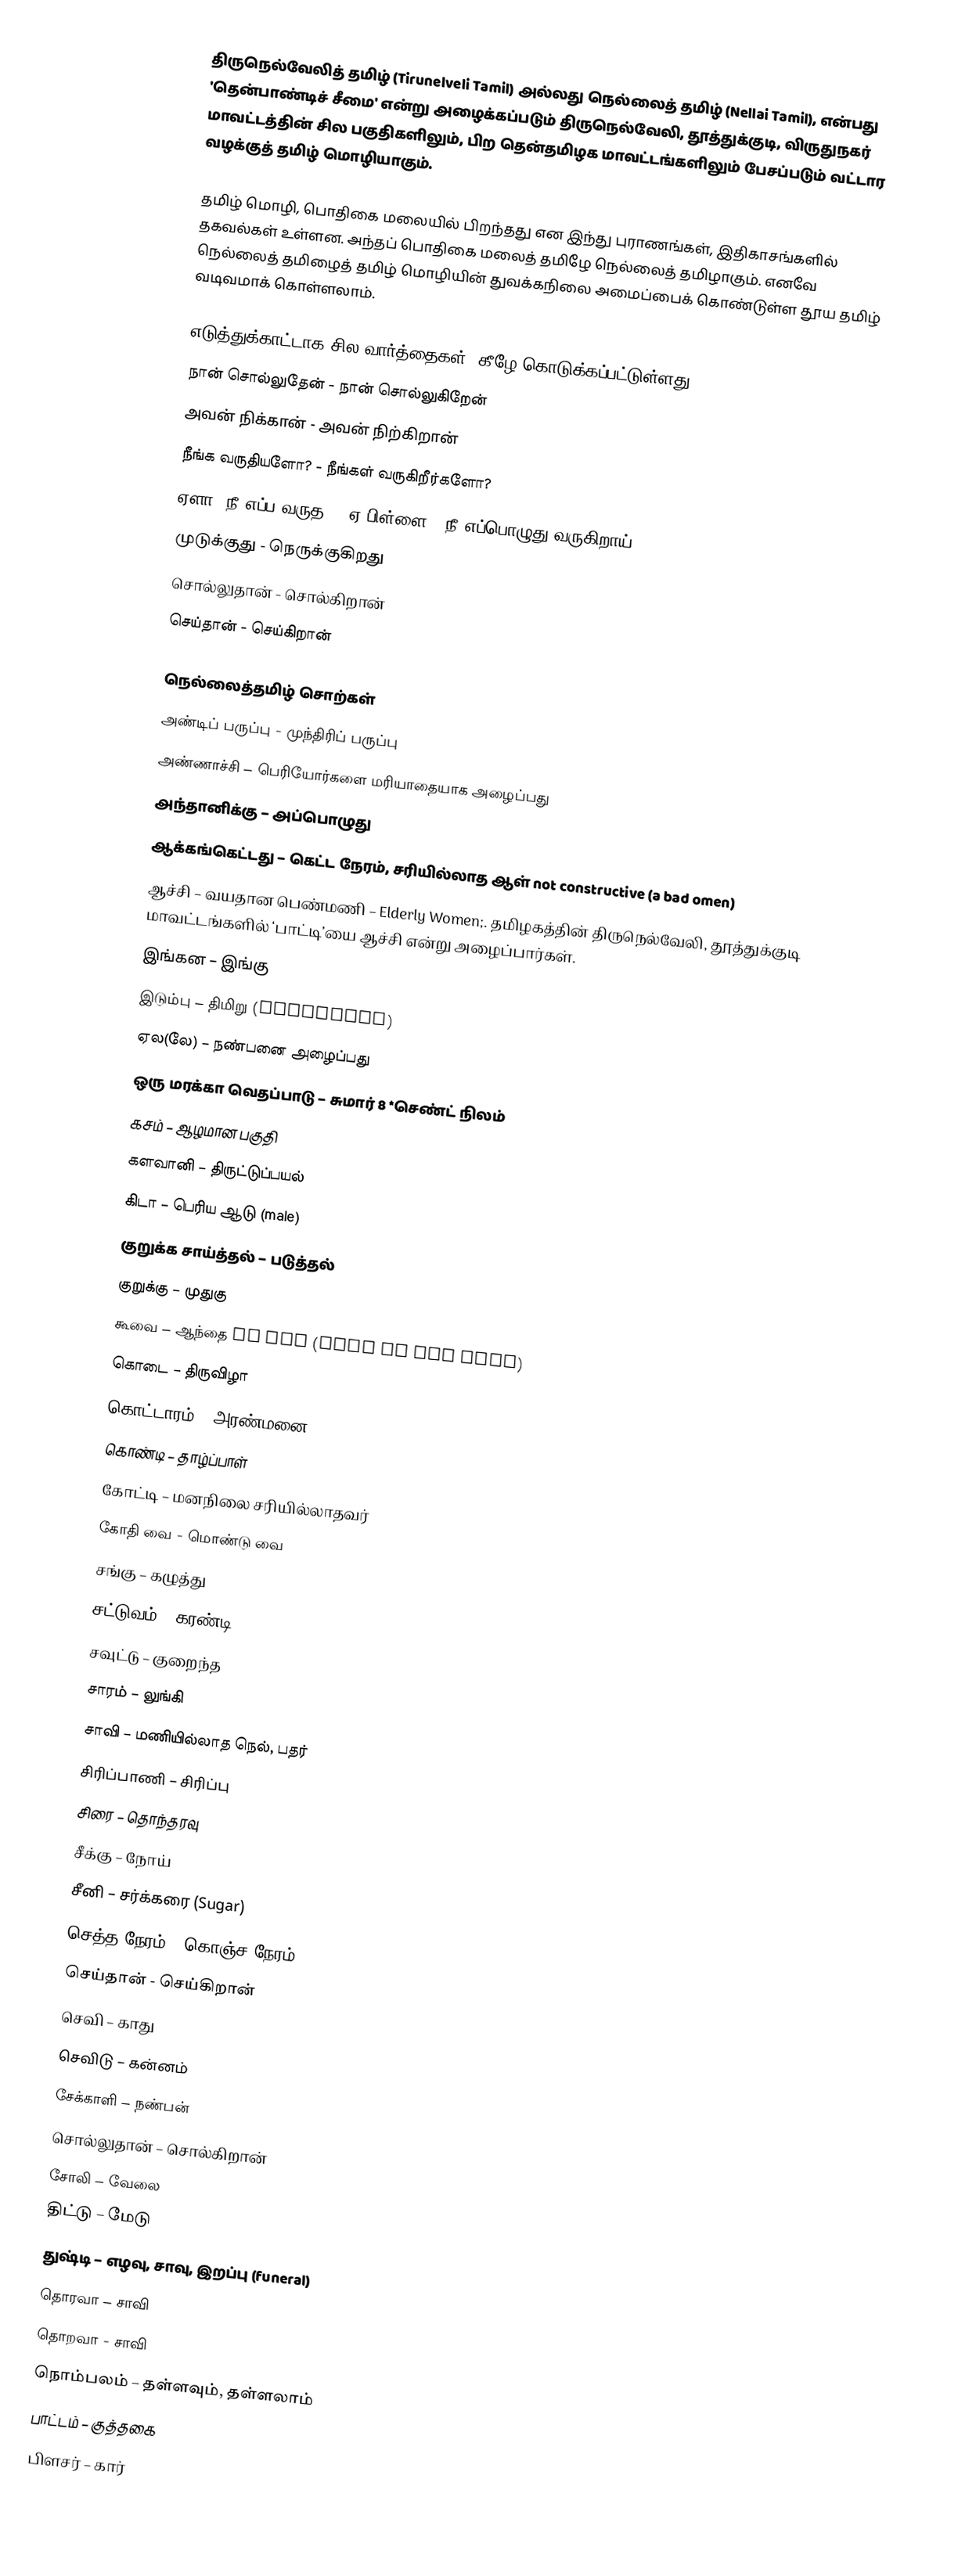
திருநெல்வேலித் தமிழ் (Tirunelveli Tamil) அல்லது நெல்லைத் தமிழ் (Nellai Tamil), என்பது 'தென்பாண்டிச் சீமை' என்று அழைக்கப்படும் திருநெல்வேலி, தூத்துக்குடி, விருதுநகர் மாவட்டத்தின் சில பகுதிகளிலும், பிற தென்தமிழக மாவட்டங்களிலும் பேசப்படும் வட்டார வழக்குத் தமிழ் மொழியாகும்.

தமிழ் மொழி, பொதிகை மலையில் பிறந்தது என இந்து புராணங்கள், இதிகாசங்களில் தகவல்கள் உள்ளன. அந்தப் பொதிகை மலைத் தமிழே நெல்லைத் தமிழாகும். எனவே நெல்லைத் தமிழைத் தமிழ் மொழியின்  துவக்கநிலை அமைப்பைக் கொண்டுள்ள தூய தமிழ் வடிவமாக் கொள்ளலாம்.

எடுத்துக்காட்டாக சில வார்த்தைகள், கீழே கொடுக்கப்பட்டுள்ளது:
 நான் சொல்லுதேன் - நான் சொல்லுகிறேன்
 அவன் நிக்கான் - அவன் நிற்கிறான்
 நீங்க வருதியளோ? - நீங்கள் வருகிறீர்களோ?
 ஏளா! நீ எப்ப வருத? - ஏ பிள்ளை ! நீ எப்பொழுது வருகிறாய்?
 முடுக்குது - நெருக்குகிறது
 சொல்லுதான் - சொல்கிறான்
 செய்தான் - செய்கிறான்

நெல்லைத்தமிழ் சொற்கள்
 அண்டிப் பருப்பு - முந்திரிப் பருப்பு
 அண்ணாச்சி – பெரியோர்களை மரியாதையாக அழைப்பது
 அந்தானிக்கு – அப்பொழுது
 ஆக்கங்கெட்டது – கெட்ட நேரம், சரியில்லாத ஆள் not constructive (a bad omen)
 ஆச்சி – வயதான பெண்மணி – Elderly Women;. தமிழகத்தின் திருநெல்வேலி, தூத்துக்குடி மாவட்டங்களில் ‘பாட்டி’யை ஆச்சி என்று அழைப்பார்கள்.
 இங்கன – இங்கு
 இடும்பு – திமிறு (arrogance)
 ஏல(லே) – நண்பனை அழைப்பது
 ஒரு மரக்கா வெதப்பாடு – சுமார் 8 *செண்ட் நிலம்
 கசம் – ஆழமான பகுதி
 களவானி – திருட்டுப்பயல்
 கிடா – பெரிய ஆடு (male)
 குறுக்க சாய்த்தல் – படுத்தல்
 குறுக்கு – முதுகு
 கூவை – ஆந்தை an owl (bird of bad omen)
 கொடை – திருவிழா
 கொட்டாரம் – அரண்மனை
 கொண்டி – தாழ்ப்பாள்
 கோட்டி – மனநிலை சரியில்லாதவர்
 கோதி வை - மொண்டு வை
 சங்கு – கழுத்து
 சட்டுவம் - கரண்டி
 சவுட்டு – குறைந்த
 சாரம் – லுங்கி
 சாவி – மணியில்லாத நெல், பதர்
 சிரிப்பாணி – சிரிப்பு
 சிரை – தொந்தரவு
 சீக்கு – நோய்
 சீனி – சர்க்கரை (Sugar)
 செத்த நேரம் – கொஞ்ச நேரம்
 செய்தான் - செய்கிறான்
 செவி – காது
 செவிடு – கன்னம்
 சேக்காளி – நண்பன்
 சொல்லுதான் – சொல்கிறான்
 சோலி – வேலை
 திட்டு – மேடு
 துஷ்டி – எழவு, சாவு, இறப்பு (funeral)
 தொரவா – சாவி
 தொறவா - சாவி
 நொம்பலம் – தள்ளவும், தள்ளலாம்
 பாட்டம் – குத்தகை
 பிளசர் – கார்